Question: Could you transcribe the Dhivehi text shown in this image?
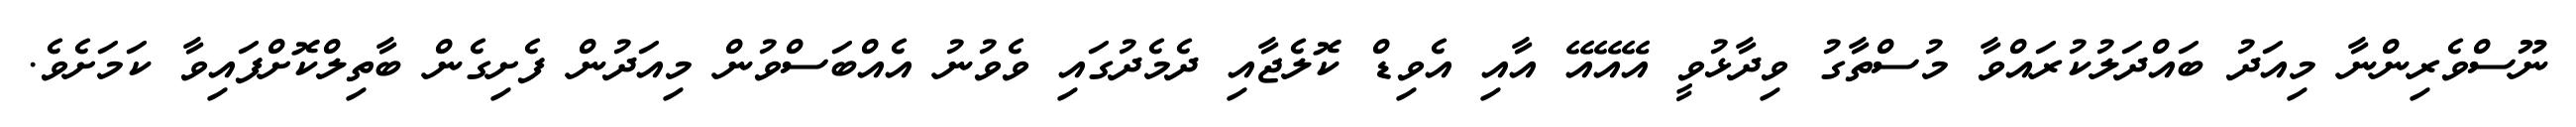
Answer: ނޫސްވެރިންނާ މިއަދު ބައްދަލުކުރައްވާ މުސްތާގު ވިދާޅުވީ އޭއޭއޭ އާއި އެވިޑް ކޮލެޖާއި ދެމެދުގައި ވެވުނު އެއްބަސްވުން މިއަދުން ފެށިގެން ބާތިލްކޮށްފައިވާ ކަމަށެވެ.